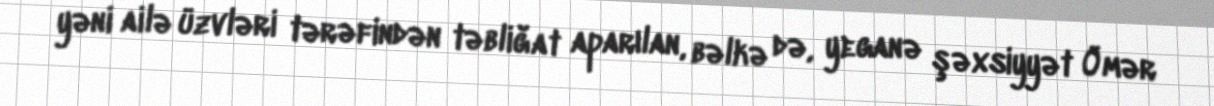
yəni ailə üzvləri tərəfindən təbliğat aparılan, bəlkə də, yeganə şəxsiyyət Ömər